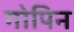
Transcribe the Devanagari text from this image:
गोपिन